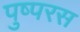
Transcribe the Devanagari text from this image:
पुष्परस